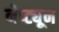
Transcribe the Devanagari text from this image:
नेप्ट्यून